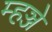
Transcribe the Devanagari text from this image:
म्हञ्जे